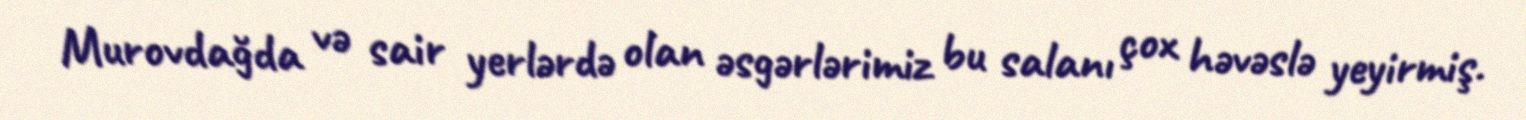
Murovdağda və sair yerlərdə olan əsgərlərimiz bu salanı çox həvəslə yeyirmiş.